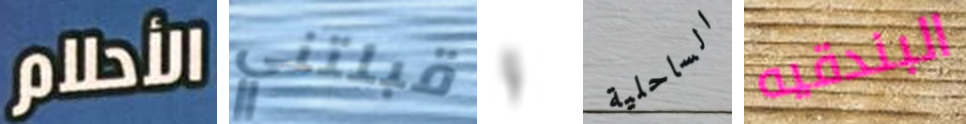
الأحلام قبلتني و الساحلية البندقيه